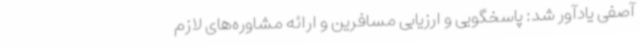
آصفی یادآور شد: پاسخگویی و ارزیابی مسافرین و ارائه مشاوره‌های لازم